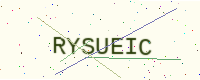
Text: RYSUEIC